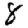
Digit: 8